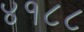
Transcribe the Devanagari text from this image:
४१८८